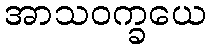
အာသဝက္ခယေ